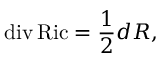
\operatorname { d i v } \operatorname { R i c } = { \frac { 1 } { 2 } } d R ,